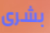
بشرى